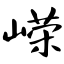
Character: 嵘